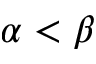
\alpha < \beta